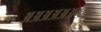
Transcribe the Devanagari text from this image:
अअअअअअच्छा